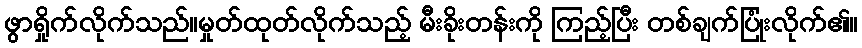
ဖွာရှိုက်လိုက်သည်။မှုတ်ထုတ်လိုက်သည့် မီးခိုးတန်းကို ကြည့်ပြီး တစ်ချက်ပြုံးလိုက်၏။